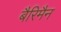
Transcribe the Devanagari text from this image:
बैरिमैन